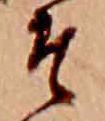
そ